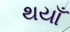
થયાઁ